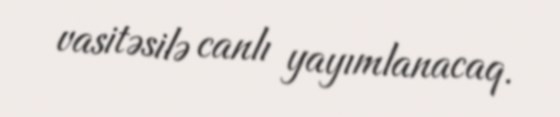
vasitəsilə canlı yayımlanacaq.